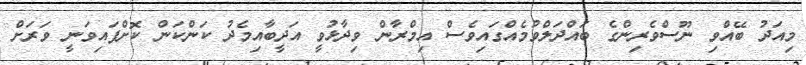
މިއަދު ބޭއްވި ނޫސްވެރިންގެ ބައްދަލްވުމެއްގައިވެސް އިމްރާން ވިދާޅުވީ އަދީބާއިމެދު ކަންކަން ކޮށްފައިވަނީ ވަރަށް